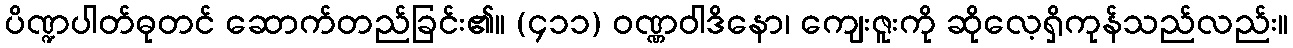
ပိဏ္ဍပါတ်ဓုတင် ဆောက်တည်ခြင်း၏။ (၄၁၁) ဝဏ္ဏဝါဒိနော၊ ကျေးဇူးကို ဆိုလေ့ရှိကုန်သည်လည်း။